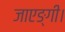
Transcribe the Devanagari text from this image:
जाएङ्गी।